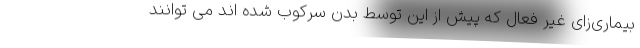
بیماری‌زای غیر فعال که پیش از این توسط بدن سرکوب شده اند می توانند